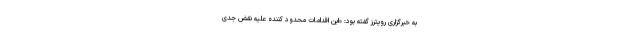
به خبرگزاری رویترز گفته بود: «این اقدامات محدود کننده علیه نقض جدی